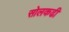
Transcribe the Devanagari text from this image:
सोलकढी